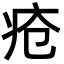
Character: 疮